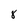
Character: 8